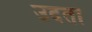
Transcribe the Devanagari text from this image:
उदता